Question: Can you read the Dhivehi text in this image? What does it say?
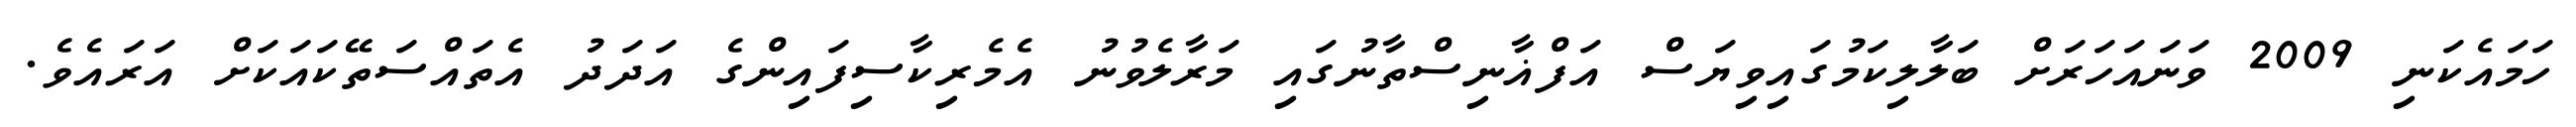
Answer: ހަމައެކަނި 2009 ވަނައަހަރަށް ބަލާލިކަމުގައިވިޔަސް އަފްޣާނިސްތާނުގައި މަރާލެވުނު އެމެރިކާސިފައިންގެ އަދަދު އެތައްސަތޭކައަކަށް އަރައެވެ.